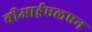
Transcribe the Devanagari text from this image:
बीआईएलएन